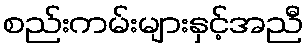
စည်းကမ်းများနှင့်အညီ